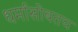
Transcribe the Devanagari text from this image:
धर्मासोबतच